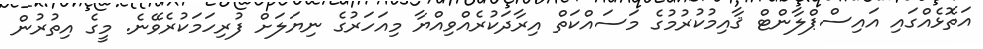
އަތޮޅެއްގައި އައިސްޕްލާންޓް ޤާއިމުކުރުމުގެ މަސައްކަތް އިރާދަކުރެއްވިއްޔާ މިއަހަރުގެ ނިޔަލަށް ފުރިހަމަކުރެވޭނެ. މީގެ އިތުރުން